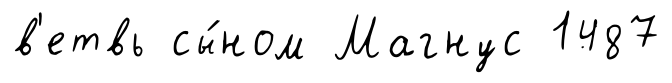
в'етвь сы́ном Магнус 1487